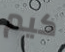
كيم